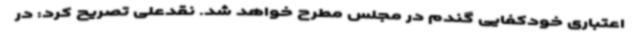
اعتباری خودکفایی گندم در مجلس مطرح خواهد شد. نقدعلی تصریح کرد: در